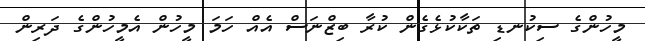
މީހުންގެ ސިކުނޑި ތަކާކުޅެގެން ކުރާ ބިޒްނަސް އެއް ހަމަ މީހުން އެމީހުންގެ ދަރިން